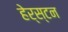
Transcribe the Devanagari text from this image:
हेर्स्टन